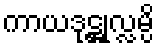
ကာယဒုဋ္ဌုလ္လမ္ပိ